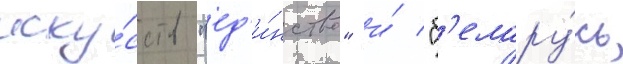
иску́сств "ед'и́нство" и́ "б'елару́сь